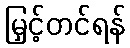
မြှင့်တင်ရန်